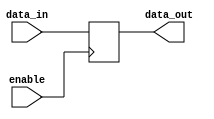
module transparent_latch (
    input wire data_in,
    input wire enable,
    output reg data_out
);

always @(posedge enable)
    if(enable)
        data_out <= data_in;

endmodule